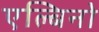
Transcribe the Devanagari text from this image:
एल्बिनो